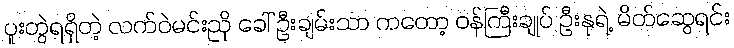
ပူးတွဲရရှိတဲ့ လက်ဝဲမင်းညို ခေါ် ဦးချမ်းသာ ကတော့ ဝန်ကြီးချုပ် ဦးနုရဲ့ မိတ်ဆွေရင်း